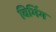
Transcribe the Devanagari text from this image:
विभिंग